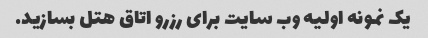
یک نمونه اولیه وب سایت برای رزرو اتاق هتل بسازید.